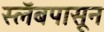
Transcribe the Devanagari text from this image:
स्लॅबपासून